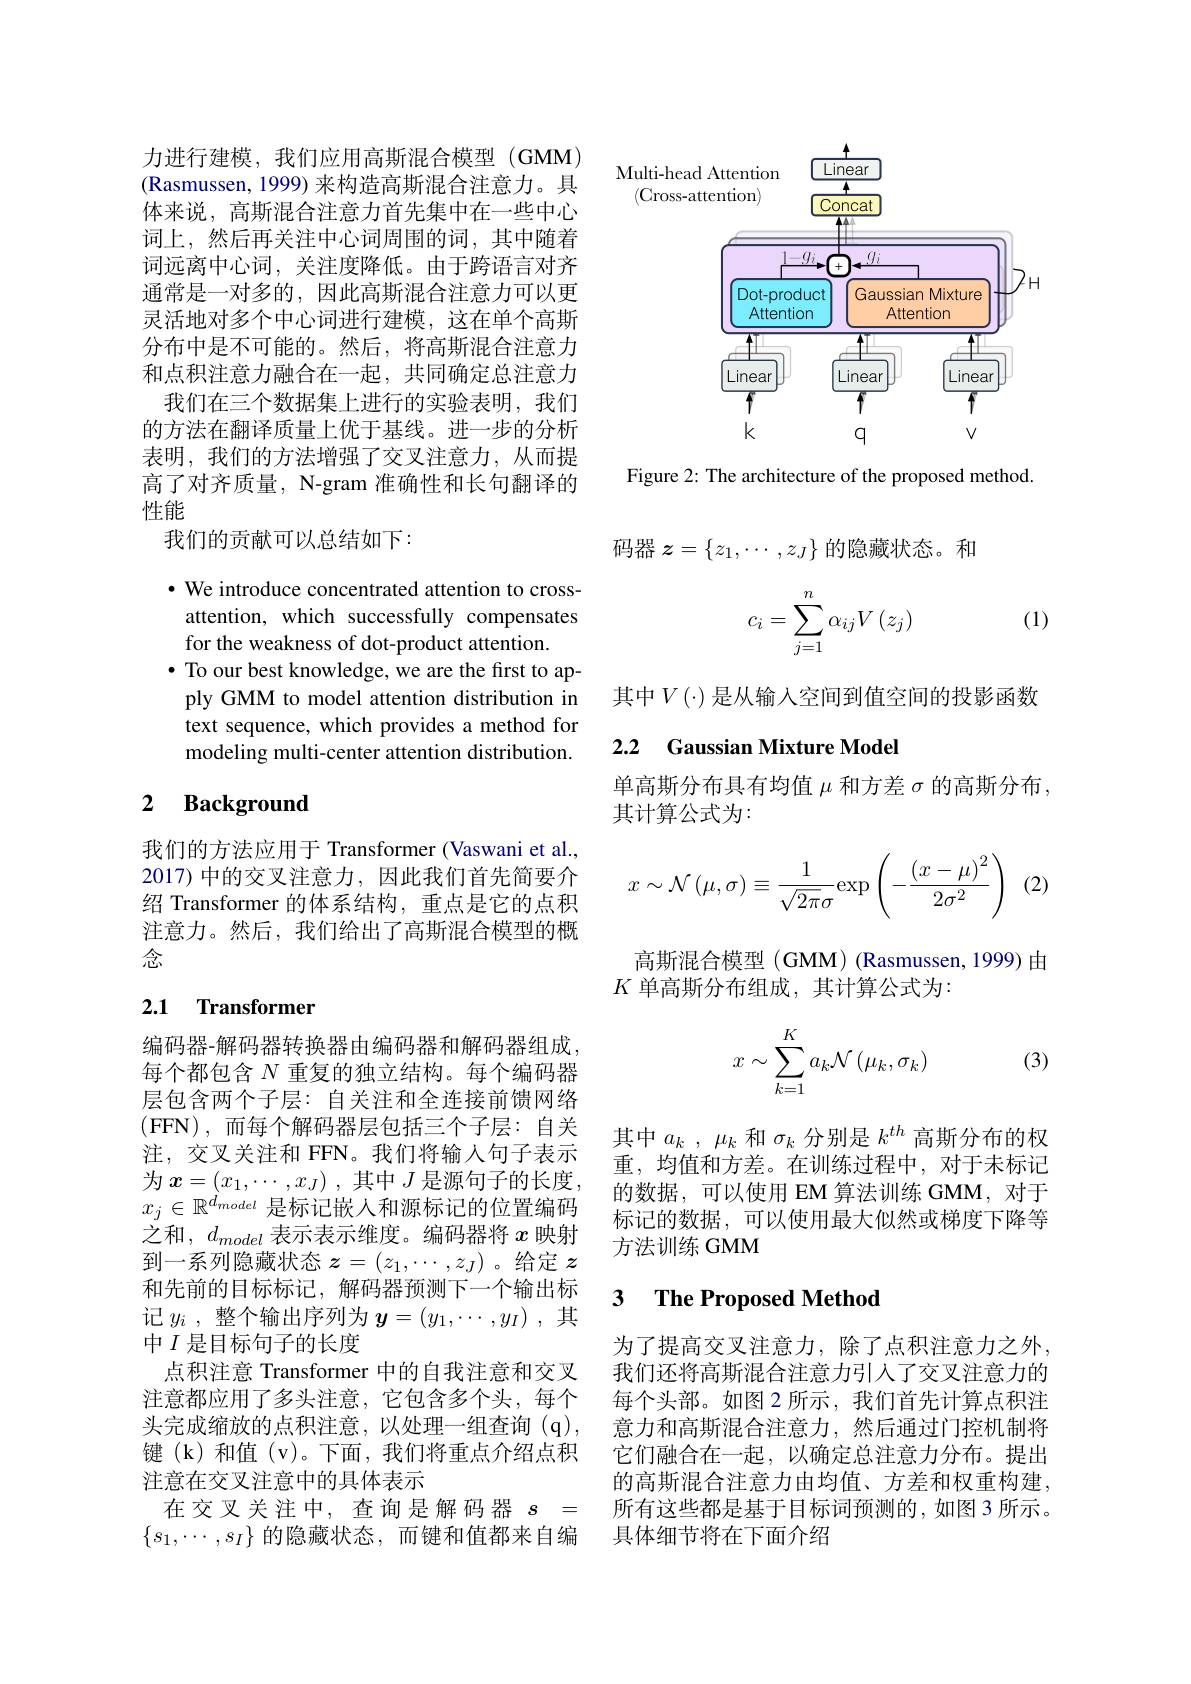
<FigureHere>

Figure 2: The architecture of the proposed method.

力进行建模，我们应用高斯混合模型(GMM) (Rasmussen, 1999) 来构造高斯混合注意力。具体来说，高斯混合注意力首先集中在一些中心词上，然后再关注中心词周围的词，其中随着词远离中心词，关注度降低。由于跨语言对齐通常是一对多的，因此高斯混合注意力可以更灵活地对多个中心词进行建模，这在单个高斯分布中是不可能的。然后，将高斯混合注意力和点积注意力融合在一起，共同确定总注意力
我们在三个数据集上进行的实验表明，我们的方法在翻译质量上优于基线。进一步的分析表明，我们的方法增强了交叉注意力，从而提高了对齐质量，N-gram 准确性和长句翻译的性能
我们的贡献可以总结如下：
$\cdot$ We introduce concentrated attention to crossattention, which successfully compensates for the weakness of dot-product attention.
$\bullet$ To our best knowledge, we are the first to apply GMM to model attention distribution in text sequence, which provides a method for

modeling multi-center attention distribution.

### $\textbf{2}$ $\textbf{Background}$

我们的方法应用于 Transformer (Vaswani et al., 2017)中的交叉注意力，因此我们首先简要介绍 Transformer 的体系结构，重点是它的点积注意力。然后，我们给出了高斯混合模型的概念

## 2.1 Transformer

编码器-解码器转换器由编码器和解码器组成每个都包含$N$重复的独立结构。每个编码器层包含两个子层：自关注和全连接前馈网络(FFN),而每个解码器层包括三个子层：自关注，交叉关注和 FFN。我们将输人句子表示之和$,d_{model}$表示表示维度。编码器将$x$映射到一系列隐藏状态$z=(z_1,\cdots,z_J)$ 。给定$z$ 和先前的目标标记，解码器预测下一个输出标记$y_i$ ,整个输出序列为$\boldsymbol{y}=(y_1,\cdots,y_I)$ ,其中$I$是目标句子的长度
点积注意 Transformer 中的自我注意和交叉注意都应用了多头注意，它包含多个头，每个头完成缩放的点积注意，以处理一组查询(q), 键(k)和值(v)。下面，我们将重点介绍点积注意在交叉注意中的具体表示
在交叉关注中，查询是解码器$s=$ $\{s_1,\cdots,s_I\}$的隐藏状态，而键和值都来自编

码器$z=\left\{z_1,\cdots,z_J\right\}$的隐藏状态。和

(1)
$$c_i=\sum_{j=1}^n\alpha_{ij}V\left(z_j\right)$$
其中$V(\cdot)$ 是从输入空间到值空间的投影函数

### 2.2 Gaussian Mixture Model

单高斯分布具有均值$\mu$和方差$\sigma$的高斯分布，
其计算公式为：
$$x\sim\mathcal{N}\left(\mu,\sigma\right)\equiv\frac{1}{\sqrt{2\pi}\sigma}\mathrm{exp}\left(-\frac{\left(x-\mu\right)^2}{2\sigma^2}\right)$$
(2)

高斯混合模型 (GMM) (Rasmussen, 1999) 由
$K$单高斯分布组成，其计算公式为：
$$x\sim\sum\limits_{k=1}^Ka_k\mathcal{N}\left(\mu_k,\sigma_k\right)$$
(3)

其中$a_k,\mu_k$和$\sigma_k$分别是$k^th$高斯分布的权重，均值和方差。在训练过程中，对于未标记
$\begin{aligned}\text{为 }x=(x_1,\cdots,x_J)\:,\text{ 其中 }J\text{ 是源句子的长度，}&\text{ 生，均固仲刀左。位训练，也性下，对了不你比}\\x_j\in\mathbb{R}^{d_{model}}\text{ 是标记嵌人和源标记的位置编码}&\text{ 的数据，可以使用 EM 算法训练 GMM, 对于}\\\text{标记的数据，可以使用最大似然或梯度下降等}\end{aligned}$
标记的数据，可以使用最大似然或梯度下降等
方法训练 GMM

### 3 $\textbf{The Proposed Method}$

为了提高交叉注意力，除了点积注意力之外， 我们还将高斯混合注意力引人了交叉注意力的每个头部。如图 2 所示，我们首先计算点积注意力和高斯混合注意力，然后通过门控机制将它们融合在一起，以确定总注意力分布。提出的高斯混合注意力由均值、方差和权重构建， 所有这些都是基于目标词预测的，如图 3 所示。具体细节将在下面介绍